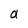
Character: a